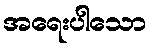
အရေးပါသော